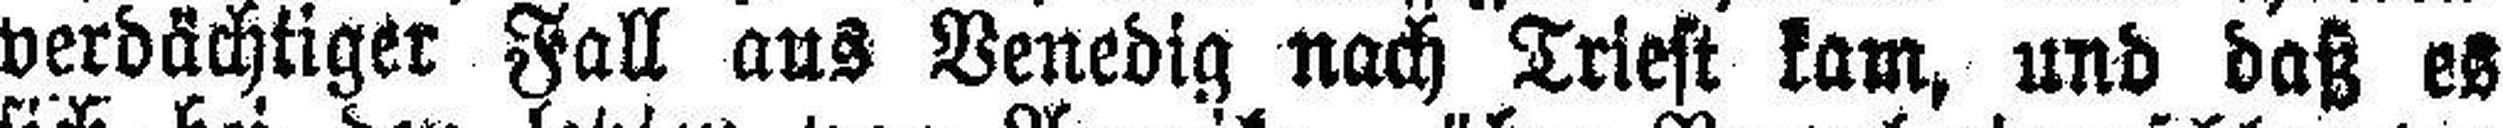
verdächtiger Fall aus Venedig nach Triest kam, und daß es